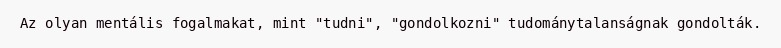
Az olyan mentális fogalmakat, mint "tudni", "gondolkozni" tudománytalanságnak gondolták.